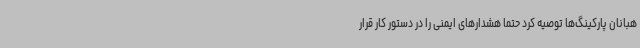
هبانان پارکینگ‌ها توصیه کرد حتما هشدارهای ایمنی را در دستور کار قرار